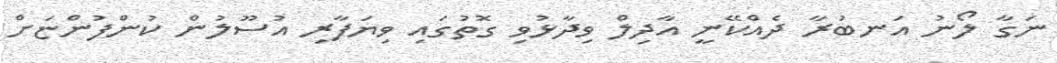
ނަގާ ލޯނު އަނބުރާ ދެއްކޭނީ އާދިލް ވިދާޅުވި ގޮތުގައި ވިޔަފާރި އުސޫލުން ކުންފުންޏަށް